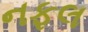
નફલ